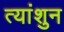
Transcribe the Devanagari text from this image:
त्यांशुन